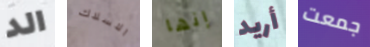
الد الاسلاك إنها أريد جمعت